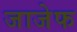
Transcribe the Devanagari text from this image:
जाजेफ